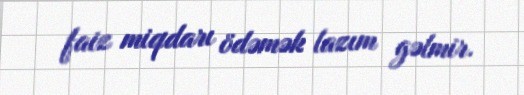
faiz miqdarı ödəmək lazım gəlmir.